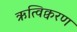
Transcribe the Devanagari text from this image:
ऋत्विक्वरण